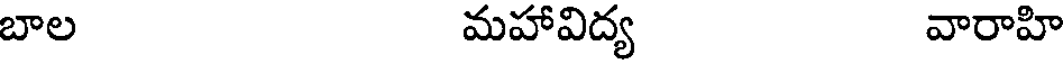
బాల మహావిద్య వారాహి